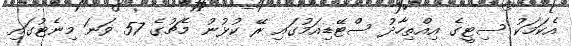
އެކަމަކު ސިޓީގެ އިއްތިހާދު ސްޓޭޑިއަމުގައި ރޭ ކުޅުނު މެޗުގެ 57 ވަނަ މިނެޓުގައި